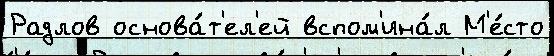
Радлов основа́т'ел'ей вспом'ина́л М'е́сто